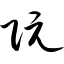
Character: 阮